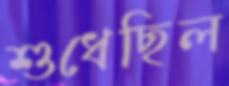
শুধেছিল